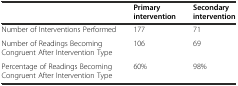
|  | Primary intervention | Secondary intervention |
 | --- | --- | --- |
 | Number of Interventions Performed | 177 | 71 |
 | Number of Readings Becoming Congruent After Intervention Type | 106 | 69 |
 | Percentage of Readings Becoming Congruent After Intervention Type | 60% | 98% |